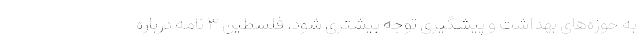
به حوزه‌های بهداشت و پیشگیری توجه بیشتری شود. فلسطین ۳ نامه درباره